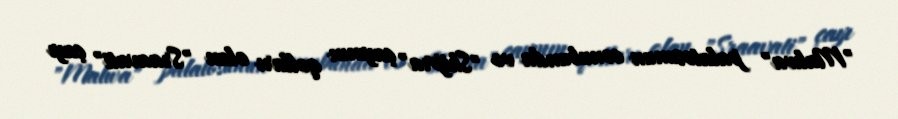
"Malwa" palatosunun cənubunda və "Shipra" çayının qolları olan "Sraavati" çayı